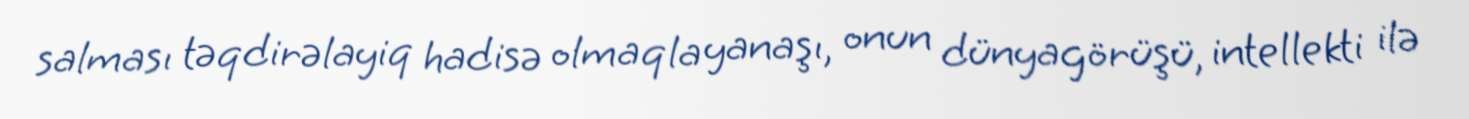
salması təqdirəlayiq hadisə olmaqla yanaşı, onun dünyagörüşü, intellekti ilə